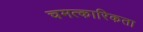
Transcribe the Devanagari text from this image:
चमत्कारिकता